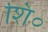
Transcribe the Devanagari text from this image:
शि०